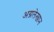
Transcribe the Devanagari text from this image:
अग्रलेखान